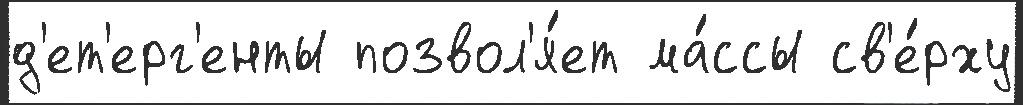
д'ет'ерг'енты позвол'я́ет ма́ссы св'е́рху